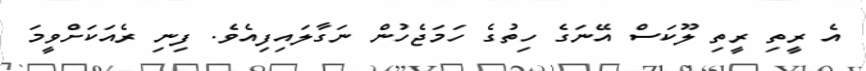
އެ ރީތި ރީތި ލޫކަސް އޭނަގެ ހިތުގެ ހަމަޖެހުން ނަގާލައިފިއެވެ. ފިނި ރެއަކަށްވީމަ